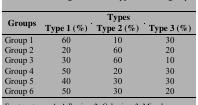
| <ROWSPAN=2> Groups | <COLSPAN=3> Types |
 | Type 1 (%) | Type 2 (%) | Type 3 (%) |
 | --- | --- | --- | --- |
 | Group 1 | 60 | 10 | 30 |
 | Group 2 | 20 | 60 | 20 |
 | Group 3 | 30 | 60 | 10 |
 | Group 4 | 50 | 20 | 30 |
 | Group 5 | 40 | 30 | 30 |
 | Group 6 | 50 | 30 | 20 |